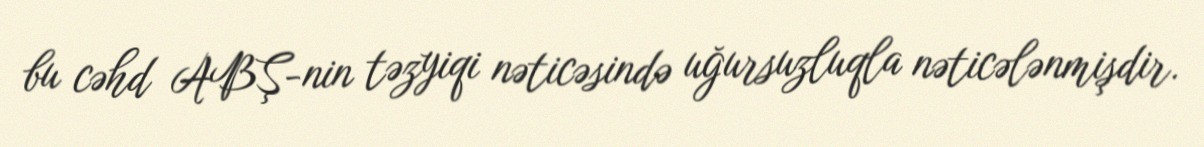
bu cəhd ABŞ-nin təzyiqi nəticəsində uğursuzluqla nəticələnmişdir.